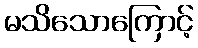
မသိသောကြောင့်